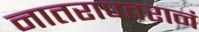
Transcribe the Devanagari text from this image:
नातरापतरानं